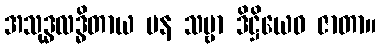
အသုဒ္ဓလဒ္ဓိတာယ ပန သဗ္ဗာ ဒိဋ္ဌိယေဝ ဇာတာ။